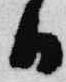
日